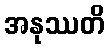
အနုဿတိ